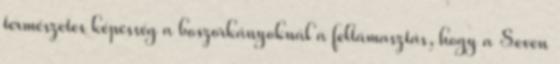
természetes képesség a boszorkányoknál a feltámasztás, hogy a Seven